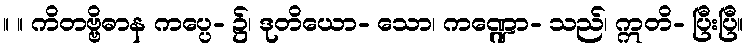
။ ။ ကိတဗ္ဗိဓာန ကပ္ပေ- ၌၊ ဒုတိယော- သော၊ ကဏ္ဍော- သည်၊ ဣတိ- ပြီးပြီ။